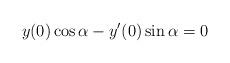
LaTeX: \begin{align*}y(0) \cos\alpha-y'(0) \sin\alpha=0\end{align*}